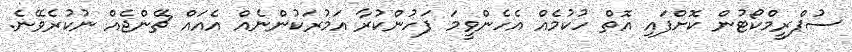
ސުޕްރީމްކޯޓުން ކޮށްފައި އޮތް ހުކުމެއް އެހެންވީމަ ފަހުންކުރާ އަމުރަކުންނެއް އެއައް ޗޭންޖެއް ނުކުރެވޭނެ.